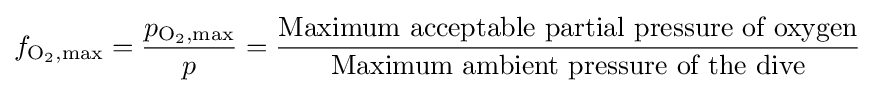
f_{{\text{O}}_{2},{\text{max}}}={\frac {p_{{\text{O}}_{2},{\text{max}}}}{p}}={\frac {\text{Maximum acceptable partial pressure of oxygen}}{\text{Maximum ambient pressure of the dive}}}